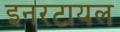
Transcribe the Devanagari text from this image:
इनरटायल